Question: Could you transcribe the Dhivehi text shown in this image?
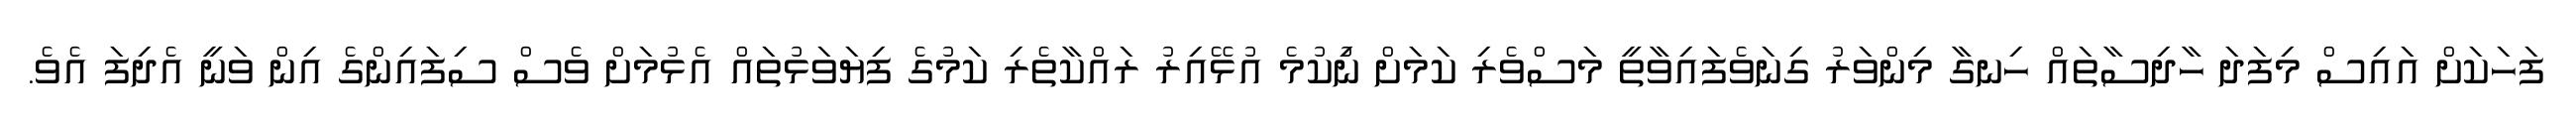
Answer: ފަހަކަށް އައިސް މިފަދަ ހާދިސާތައް ހިނގާ މިންވަރު ގިނަވެފައިވާތީ މަސްވެރި ކަމަށް ނިުކުމެ އުޅޭއިރު ރައްކާތެރި ކަމުގެ ފިޔަވަޅުތައް އެޅުމަށް ވެސް ސިފައިންގެ އިން ވަނީ އެދިފަ އެވެ.